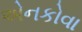
એનકોવા